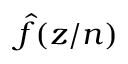
\hat { f } ( z / n )